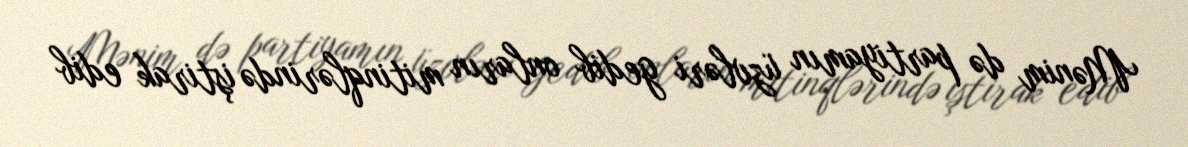
Mənim də partiyamın üzvləri gedib onların mitinqlərində iştirak edib